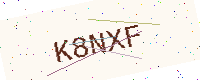
Text: K8NXF